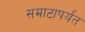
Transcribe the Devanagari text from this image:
सम्राटापर्यंत